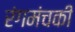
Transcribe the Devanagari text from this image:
रंगमंचकी